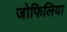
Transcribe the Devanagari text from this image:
जोफिलिया